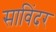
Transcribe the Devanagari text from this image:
साविंदर